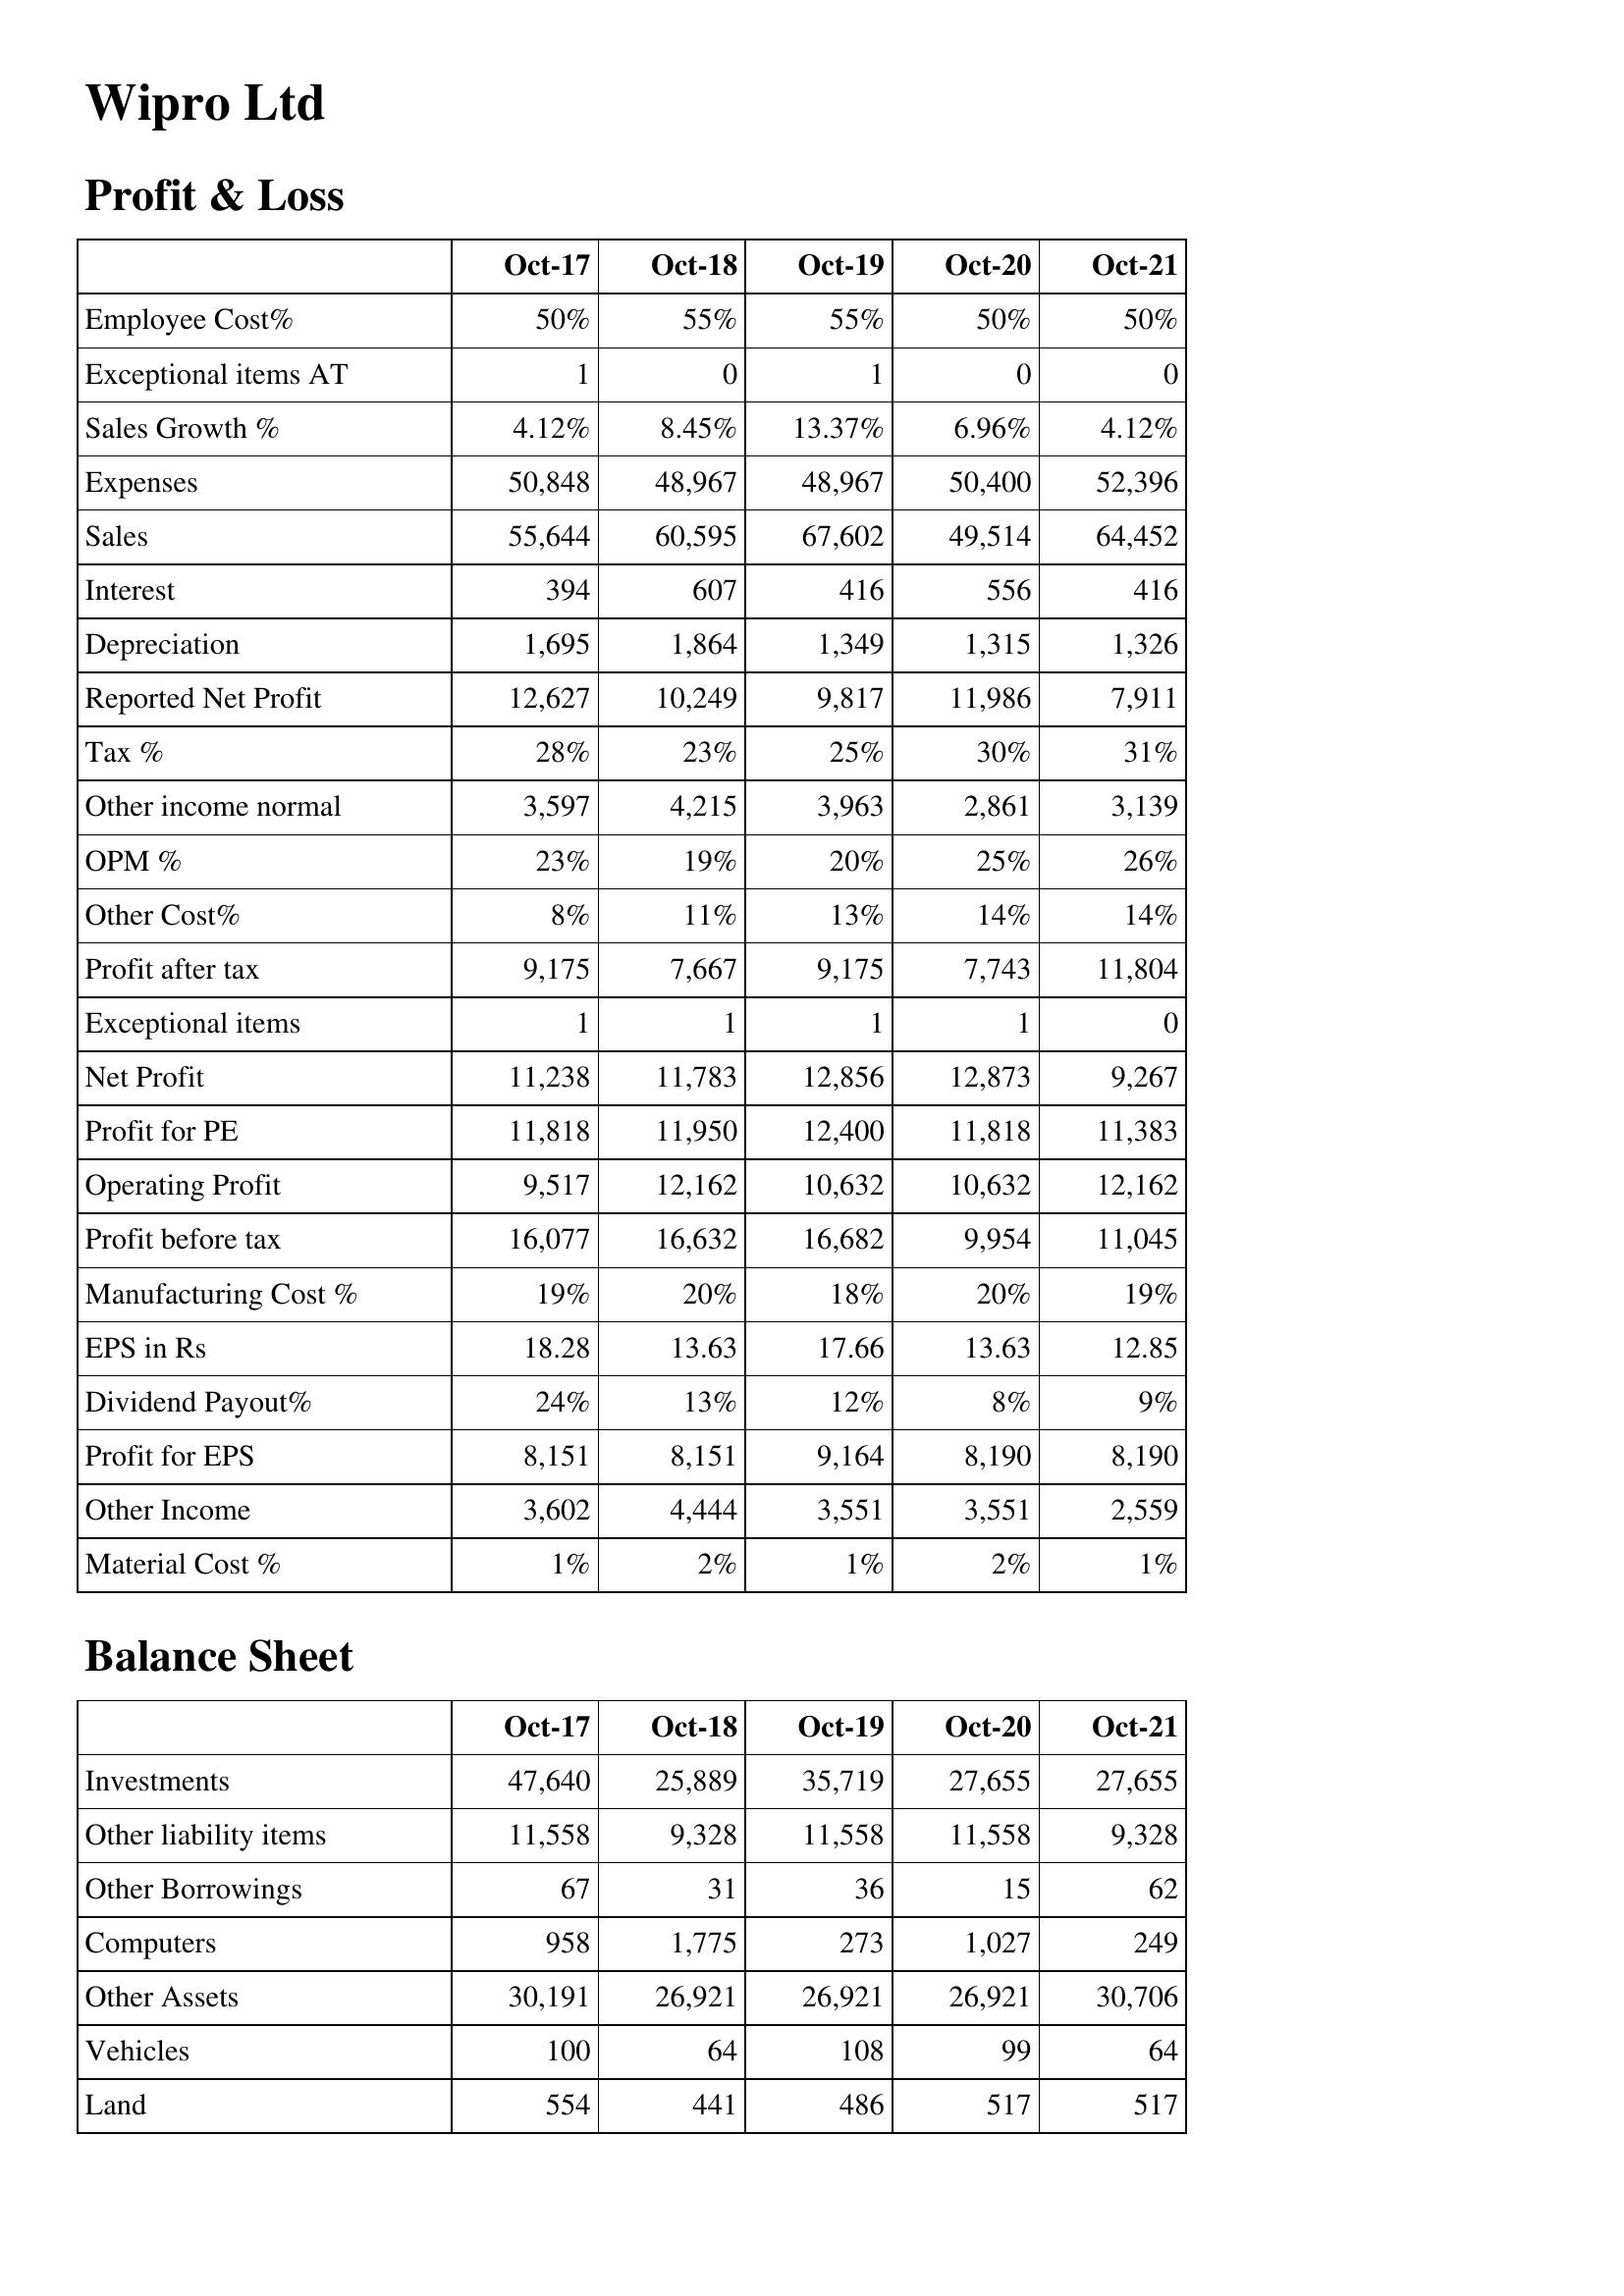
Oct-17: Profit & Loss: Employee Cost%: 50%
Exceptional items AT: 1
Sales Growth %: 4.12%
Expenses: 50,848
Sales: 55,644
Interest: 394
Depreciation: 1,695
Reported Net Profit: 12,627
Tax %: 28%
Other income normal: 3,597
OPM %: 23%
Other Cost%: 8%
Profit after tax: 9,175
Exceptional items: 1
Net Profit: 11,238
Profit for PE: 11,818
Operating Profit: 9,517
Profit before tax: 16,077
Manufacturing Cost %: 19%
EPS in Rs: 18.28
Dividend Payout%: 24%
Profit for EPS: 8,151
Other Income: 3,602
Material Cost %: 1%
Balance Sheet: Investments: 47,640
Other liability items: 11,558
Other Borrowings: 67
Computers: 958
Other Assets: 30,191
Vehicles: 100
Land: 554
Oct-18: Profit & Loss: Employee Cost%: 55%
Exceptional items AT: 0
Sales Growth %: 8.45%
Expenses: 48,967
Sales: 60,595
Interest: 607
Depreciation: 1,864
Reported Net Profit: 10,249
Tax %: 23%
Other income normal: 4,215
OPM %: 19%
Other Cost%: 11%
Profit after tax: 7,667
Exceptional items: 1
Net Profit: 11,783
Profit for PE: 11,950
Operating Profit: 12,162
Profit before tax: 16,632
Manufacturing Cost %: 20%
EPS in Rs: 13.63
Dividend Payout%: 13%
Profit for EPS: 8,151
Other Income: 4,444
Material Cost %: 2%
Balance Sheet: Investments: 25,889
Other liability items: 9,328
Other Borrowings: 31
Computers: 1,775
Other Assets: 26,921
Vehicles: 64
Land: 441
Oct-19: Profit & Loss: Employee Cost%: 55%
Exceptional items AT: 1
Sales Growth %: 13.37%
Expenses: 48,967
Sales: 67,602
Interest: 416
Depreciation: 1,349
Reported Net Profit: 9,817
Tax %: 25%
Other income normal: 3,963
OPM %: 20%
Other Cost%: 13%
Profit after tax: 9,175
Exceptional items: 1
Net Profit: 12,856
Profit for PE: 12,400
Operating Profit: 10,632
Profit before tax: 16,682
Manufacturing Cost %: 18%
EPS in Rs: 17.66
Dividend Payout%: 12%
Profit for EPS: 9,164
Other Income: 3,551
Material Cost %: 1%
Balance Sheet: Investments: 35,719
Other liability items: 11,558
Other Borrowings: 36
Computers: 273
Other Assets: 26,921
Vehicles: 108
Land: 486
Oct-20: Profit & Loss: Employee Cost%: 50%
Exceptional items AT: 0
Sales Growth %: 6.96%
Expenses: 50,400
Sales: 49,514
Interest: 556
Depreciation: 1,315
Reported Net Profit: 11,986
Tax %: 30%
Other income normal: 2,861
OPM %: 25%
Other Cost%: 14%
Profit after tax: 7,743
Exceptional items: 1
Net Profit: 12,873
Profit for PE: 11,818
Operating Profit: 10,632
Profit before tax: 9,954
Manufacturing Cost %: 20%
EPS in Rs: 13.63
Dividend Payout%: 8%
Profit for EPS: 8,190
Other Income: 3,551
Material Cost %: 2%
Balance Sheet: Investments: 27,655
Other liability items: 11,558
Other Borrowings: 15
Computers: 1,027
Other Assets: 26,921
Vehicles: 99
Land: 517
Oct-21: Profit & Loss: Employee Cost%: 50%
Exceptional items AT: 0
Sales Growth %: 4.12%
Expenses: 52,396
Sales: 64,452
Interest: 416
Depreciation: 1,326
Reported Net Profit: 7,911
Tax %: 31%
Other income normal: 3,139
OPM %: 26%
Other Cost%: 14%
Profit after tax: 11,804
Exceptional items: 0
Net Profit: 9,267
Profit for PE: 11,383
Operating Profit: 12,162
Profit before tax: 11,045
Manufacturing Cost %: 19%
EPS in Rs: 12.85
Dividend Payout%: 9%
Profit for EPS: 8,190
Other Income: 2,559
Material Cost %: 1%
Balance Sheet: Investments: 27,655
Other liability items: 9,328
Other Borrowings: 62
Computers: 249
Other Assets: 30,706
Vehicles: 64
Land: 517